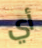
أي